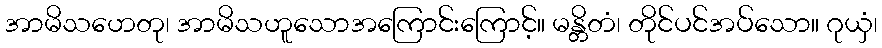
အာမိသဟေတု၊ အာမိသဟူသောအကြောင်းကြောင့်။ မန္တိတံ၊ တိုင်ပင်အပ်သော။ ဂုယှံ၊